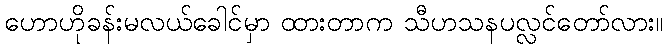
ဟောဟိုခန်းမလယ်ခေါင်မှာ ထားတာက သီဟသနပလ္လင်တော်လား။